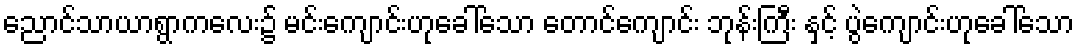
ညောင်သာယာရွာကလေး၌ မင်းကျောင်းဟုခေါ်သော တောင်ကျောင်း ဘုန်းကြီး နှင့် ပွဲကျောင်းဟုခေါ်သော